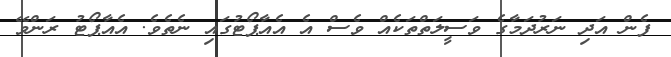
ފެން އަދި ނަރުދަމާގެ ވަސީލަތްތަކެއް ވެސް އެ އެއާޕޯޓުގައި ނެތެވެ. އެއާޕޯޓު ރަންވޭ